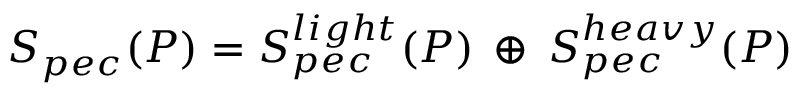
S _ { p e c } ( P ) = S _ { p e c } ^ { l i g h t } ( P ) \: \oplus \: S _ { p e c } ^ { h e a v y } ( P )